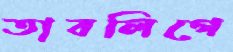
তাবলিগে